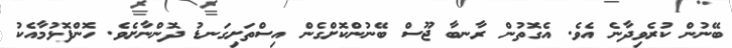
ބޭނުން ކުރެވިދާނެ އެވެ. އެގޮތުން ރާނބާ ޖޫސް ބޭނުންކޮށްގެން އިސްތަށިގަނޑު ދޮންނާށެވެ. ހޮންފޮޅުމާއެކު